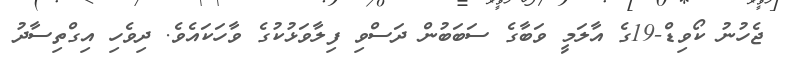
ޖެހުނު ކޯވިޑް-19ގެ އާލަމީ ވަބާގެ ސަބަބުން ދަސްވި ފިލާވަޅުކުގެ ވާހަކައެވެ. ދިވެހި އިގްތިސާދު